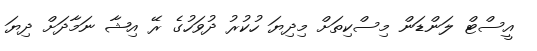
އީސްޓް ލަންޑަން މިސްކިތަށް މިދިޔަ ހުކުރު ދުވަހުގެ ރޭ އިޝާ ނަމާދަށް ދިޔަ